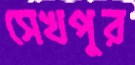
সেখপুর